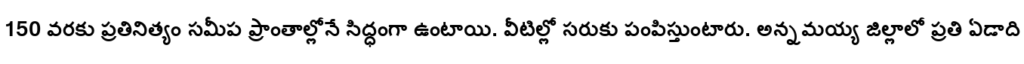
150 వరకు ప్రతినిత్యం సమీప ప్రాంతాల్లోనే సిద్ధంగా ఉంటాయి. వీటిల్లో సరుకు పంపిస్తుంటారు. అన్నమయ్య జిల్లాలో ప్రతి ఏడాది